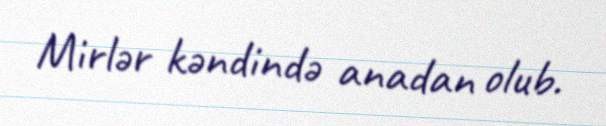
Mirlər kəndində anadan olub.